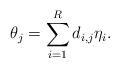
LaTeX: \begin{align*} \theta_j = \sum_{i=1}^R d_{i,j} \eta_i.\end{align*}